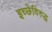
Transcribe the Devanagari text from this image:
इच्छेविरुद्ध